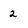
Character: 2